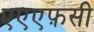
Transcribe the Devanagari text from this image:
एएएफ़सी